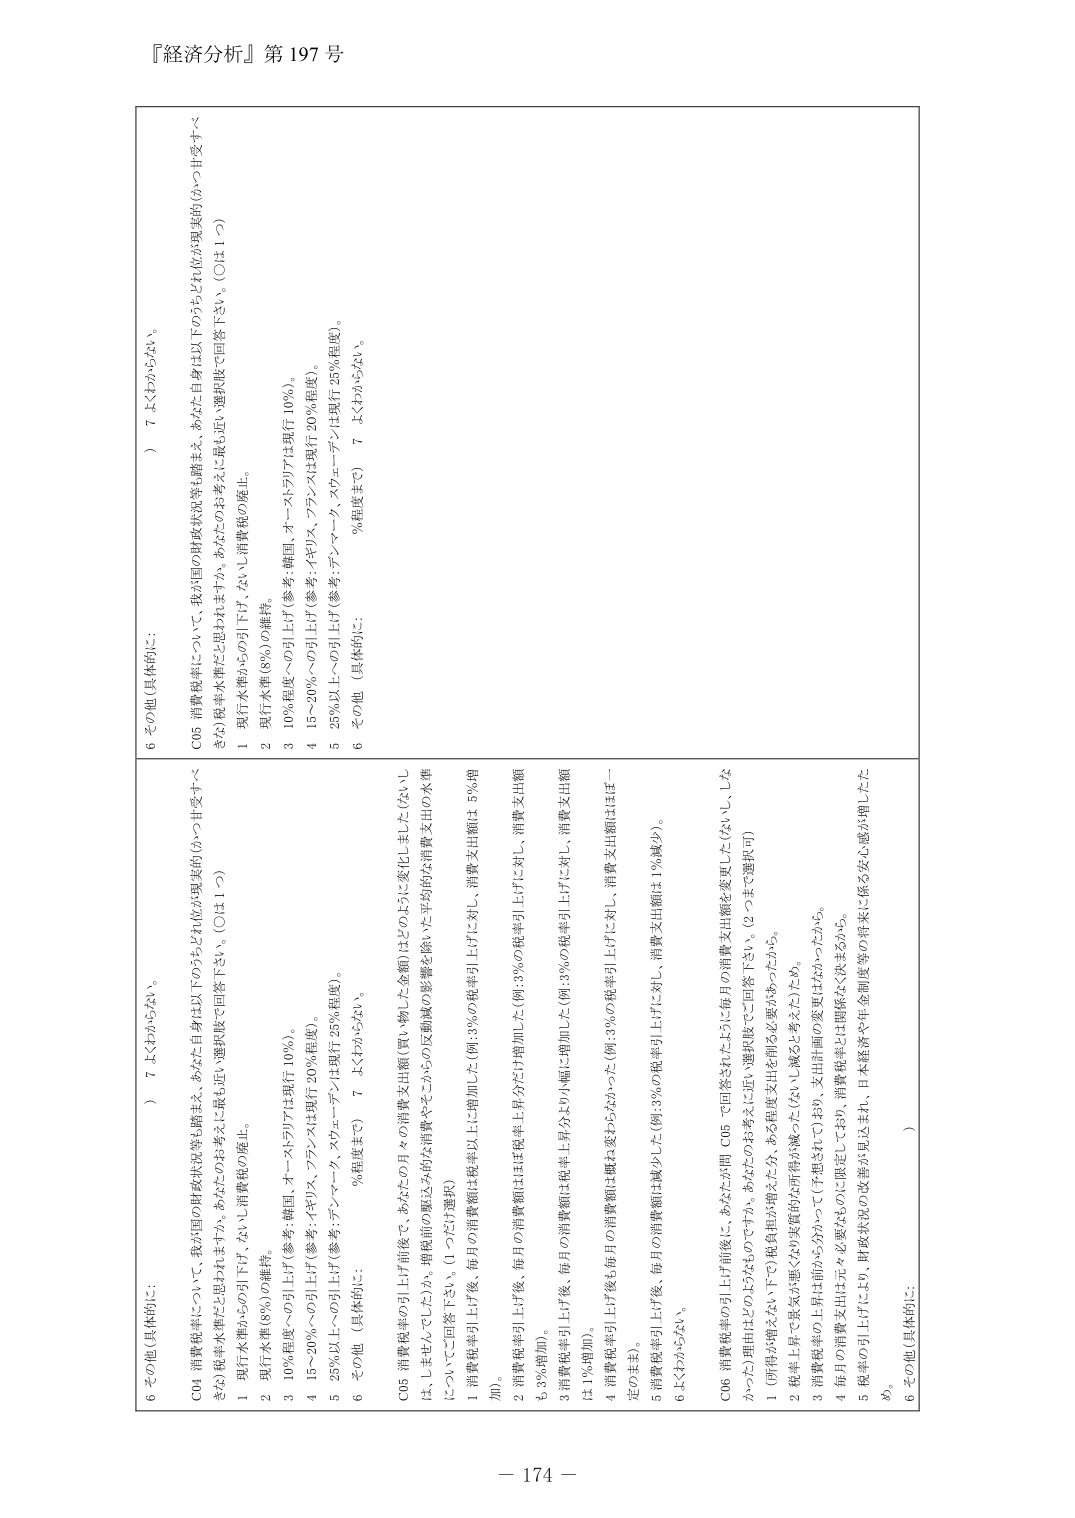
『経済分析』第197号

C04 消費税率について、我が国の財政状況等も踏まえ、あなた自身は以下のうちどれが現実的（かつ甘受すべきな）税率水準だと思いますか。あなたのお考えに最も近い選択肢で回答下さい。（○は1つ）

1 現行水準からの引下げ、ないし消費税の廃止。
2 現行水準（8%）の維持。
3 10%程度への引上げ（参考：韓国、オーストラリアは現行10%）。
4 15～20%への引上げ（参考：イギリス、フランスは現行20%程度）。
5 25%以上への引上げ（参考：デンマーク、スウェーデンは現行25%程度）。
6 その他（具体的に：